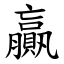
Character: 贏